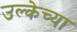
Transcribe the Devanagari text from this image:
उल्केच्या